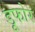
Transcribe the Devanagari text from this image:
डूफोर